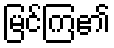
မြင်ကြ၏